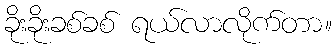
ခိုးခိုးခစ်ခစ် ရယ်လာလိုက်တာ။